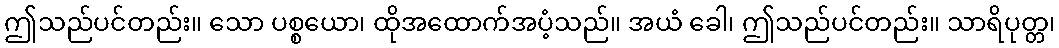
ဤသည်ပင်တည်း။ သော ပစ္စယော၊ ထိုအထောက်အပံ့သည်။ အယံ ခေါ၊ ဤသည်ပင်တည်း။ သာရိပုတ္တ၊